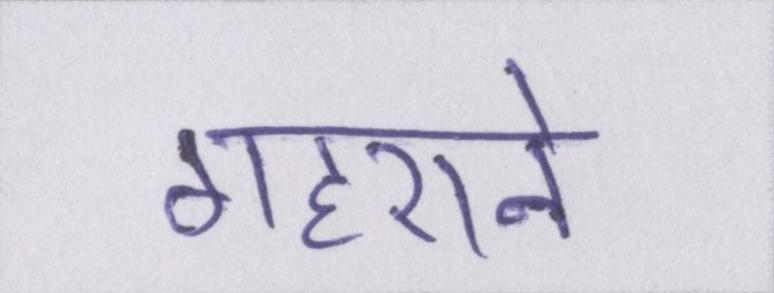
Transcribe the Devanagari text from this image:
गहराने